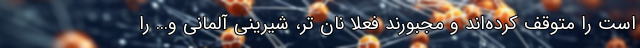
است را متوقف کرده‌اند و مجبورند فعلا نان تر، شیرینی آلمانی و... را